Vaccination in Bombay 1913-1923 - 1913-1923
Year: 1913
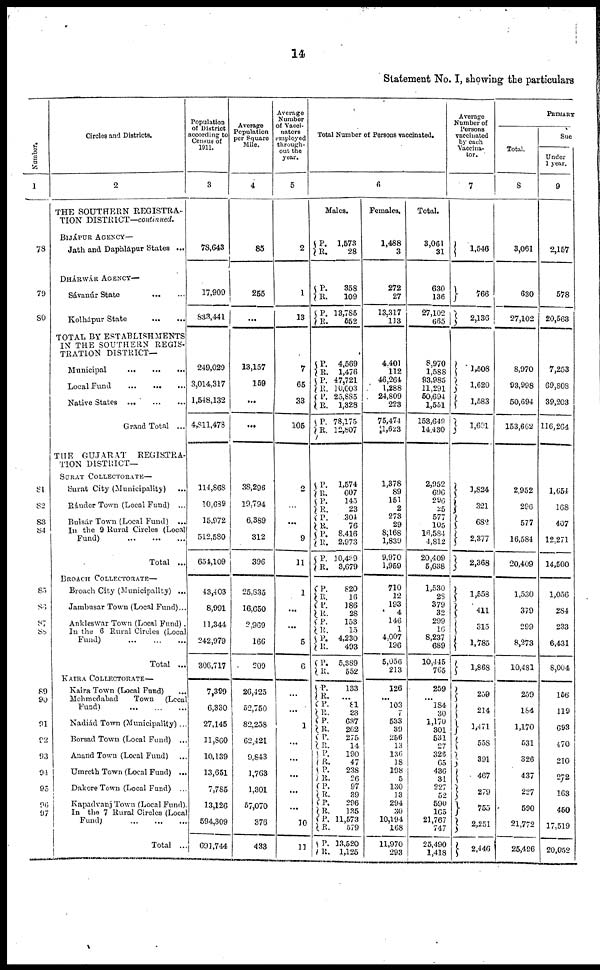
14
Statement No. I, showing the particulars
Number.
1
78
79
80
81
82
83
84
85
86
87
88
89
90
91
92
93
94
95
96
97
Circles and Districts.
2
THE SOUTHERN REGISTRA-
TION DISTRICT—continued.
BIJÁPUR AGENCY—
Jath and Daphlápur States ...
DHÁRWÁR AGENCY—
Sávanúr State
...
...
Kolhápur State
...
...
TOTAL BY ESTABLISHMENTS
IN THE SOUTHERN REGIS-
TRATION DISTRICT—
Municipal
...
...
...
Local Fund
...
...
...
Native States
...
...
...
Grand Total ...
THE GUJARAT
REGISTRA-
TION DISTRICT—
SURAT COLLECTORATE—
Surat City (Municipality) ...
Ránder Town (Local Fund) ...
Bulsár Town (Local Fund) ...
In the 9 Rural Circles (Local
Fund)
...
...
...
Total ...
BROACH COLLECTORATE—
Broach City (Municipality) ...
Jambusar Town (Local Fund)...
Ankleswar Town (Local Fund) .
In the 6 Rural Circles (Local
Fund) ... ... ...
Total ...
KAIRA COLLECTORATE—
Kaira Town (Local Fund) ...
Mehmedabad Town (Local
Fund) ... ... ...
Nadiád Town (Municipality) ..
Borsad Town (Local Fund) ...
Anand Town (Local Fund) ...
Umreth Town (Local Fund) ...
Dakore Town (Local Fund) ...
Kapadvanj Town (Local Fund).
In the 7 Rural Circles (Local
Fund) ... ... ...
Total ...
Population
of District
according to
Census of
1911.
3
78,643
17,909
833,441
249,029
3,014,317
1,548,132
4,811,478
114,868
10,689
15,972
512,580
654,109
43,403
8,991
11,344
242,979
306,717
7,399
6,330
27,145
11,860
10,139
13,651
7,785
13,126
594,309
691,744
Average
Population
per Square
Mile.
4
85
255
...
13,157
159
...
...
38,296
19,794
6,389
312
396
25,835
16,650
2,969
166
209
26,425
52,750
82,258
62,421
9,843
1,763
1,301
57,070
376
433
Average
Number
of Vacci-
nators
employed
through-
out the
year.
5
2
1
13
7
65
33
105
2
...
...
9
11
1
...
...
5
6
...
...
1
...
...
...
...
...
10
11
Total Number of Persons vaccinated.
6
Males.
P.
R.
P.
R.
P.
R.
P.
R.
P.
R. P.
R.
P.
R.
P.
R.
P.
R.
P.
R.
P .
R.
P.
R.
P.
R.
P.
R.
P.
R.
P.
R.
P.
R.
P.
R. P.
R.
P.
R.
P.
R.
P.
R.
P.
R.
P.
R.
P.
R.
P.
R.
P.
R.
1,573
28
358
109
13,785
552
4,569
1,476
47,721
10,003
25,885
1,328
78,175
12,807
1,574
607
145
23
304
76
8,416
2,973
10,439
3,679
820
16
186
28
153
15
4,230
493
5,389
552
133
...
81
23
637
202
275
14
190
47
238
26
97
39
296
135
11,573
579
13,520
1,125
Females.
1,488
3
272
27
13,317
113
4,401
112
46,264
1,288
24,809
223
75,474
1,623
1,378
89
151
2
273
29
8,168
1,839
9,970
1,959
710
12
193
4
146
1
4,007
196
5,056
213
126
...
103
7
533
39
256
13
136
18
198
5
130
13
294
30
10,194
168
11,970
293
Total.
3,061
31
630
136
27,102
665
8,970
1,588
93,985
11,291
50,694
1,551
153,649
14,430
2,952
696
296
25
577
105
16,584
4,812
20,409
5,638
1,530
28
379
32
299
16
8,237
689
10,445
765
259
...
184
30
1,170
301
531
27
326
65
436
31
227
52
590
165
21,767
747
25,490
1,418
Average
Number of
Persons
vaccinated
by each
Vaccina-
tor.
7
1,546
766
2,136
1,508
1,620
1,583
1,601
1,824
321
682
2,377
2,368
1,558
411
315
1,785
1,868
259
214
1,471
558
391
467
279
755
2,251
2,446
PRIMARY
Total.
8
3,061
630
27,102
8,970
93,998
50,694
153,662
2,952
296
577
16,584
20,409
1,530
379
299
8,273
10,481
259
184
1,170
531
326
437
227
590
21,772
25,496
Suc
Under
1 year.
9
2,157
578
20,563
7,253
69,808
39,203
116,264
1,654
168
407
12,271
14,500
1,056
284
233
6,431
8,004
156
119
693
470
210
272
163
450
17,519
20,052